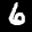
Label: 6